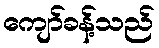
ကျော်ခန့်သည်